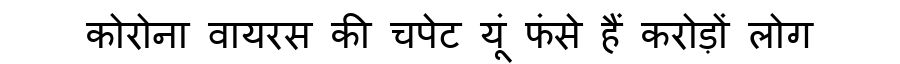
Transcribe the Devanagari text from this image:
कोरोना वायरस की चपेट यूं फंसे हैं करोड़ों लोग